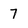
Character: 7